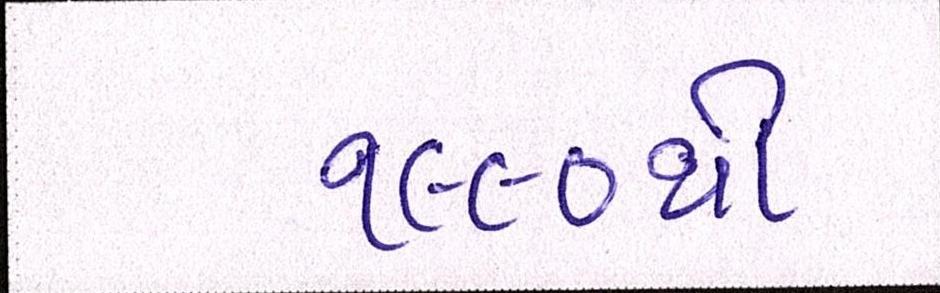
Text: ૧૯૯૦થી